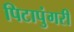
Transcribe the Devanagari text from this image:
पिटापुंगरी